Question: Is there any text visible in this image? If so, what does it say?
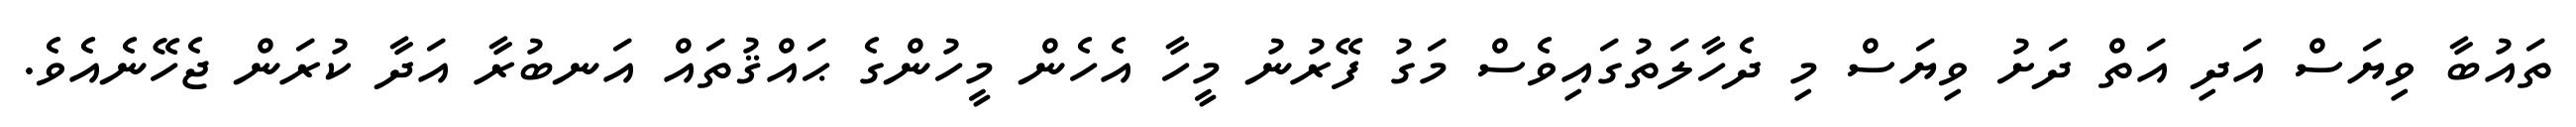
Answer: ތައުބާ ވިޔަސް އަދި އަތް ދަށު ވިޔަސް މި ދެހާލަތުގައިވެސް މަގު ފޭރުނު މީހާ އެހެން މީހުންގެ ޙައްޤުތައް އަނބުރާ އަދާ ކުރަން ޖެހޭނެއެވެ.